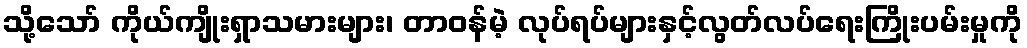
သို့သော် ကိုယ်ကျိုးရှာသမားများ၊ တာဝန်မဲ့ လုပ်ရပ်များနှင့်လွတ်လပ်ရေးကြိုးပမ်းမှုကို